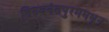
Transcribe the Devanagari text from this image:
तिरुवनंतपुरममधून